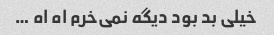
خیلی بد بود دیگه نمی‌خرم اه اه …